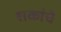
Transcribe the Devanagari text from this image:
शकांचे